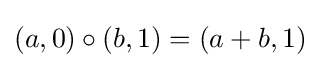
(a,0)\circ (b,1)=(a+b,1)